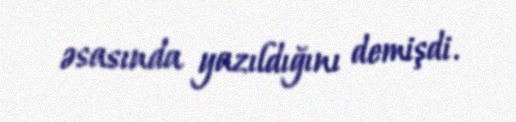
əsasında yazıldığını demişdi.